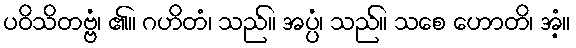
ပဝိသိတဗ္ဗံ၊ ၏။ ဂဟိတံ၊ သည်။ အပ္ပံ၊ သည်။ သစေ ဟောတိ၊ အံ့။